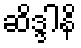
ဆိဒ္ဒါနိ